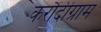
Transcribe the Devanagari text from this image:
करौंदीग्राम